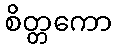
စိတ္တကော